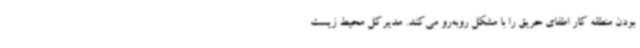
بودن منطقه کار اطفای حریق را با مشکل روبه‌رو می‌کند. مدیرکل محیط زیست